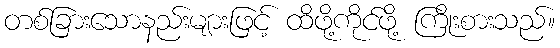
တစ်ခြားသောနည်းများဖြင့် ထိဖို့ကိုင်ဖို့ ကြိုးစားသည်။